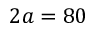
2 a = 8 0